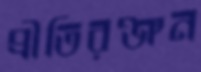
প্রীতিরঞ্জন